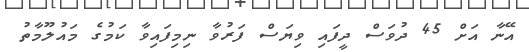
އޭނާ އަށް 45 ދުވަސް ދީފައި ވިޔަސް ފަރުވާ ނިމިފައިވާ ކަމުގެ މައުލޫމާތު